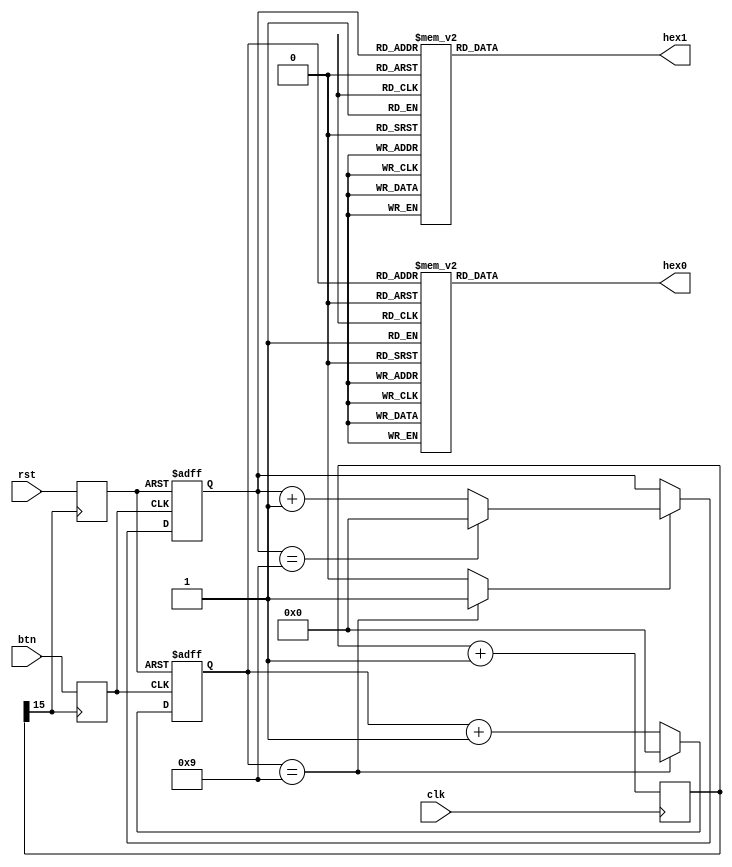
module BcdCounter(clk, btn, rst, hex0, hex1);
	input clk, btn, rst;
	output [7:0] hex0;
	output [7:0] hex1;
	reg [3:0] ff;
	reg [15:0] cnt;
	reg swreg, resreg;
	wire c_clk, sw_out, rst_out;
	reg [3:0] dcnt1;
	reg [3:0] dcnt2;
	wire d_cry;
	
	always @(posedge clk) begin
		cnt=cnt+1;
	end
	assign c_clk=cnt[15];
	
	always @(posedge c_clk) begin
		swreg=btn;
		resreg=rst;
	end
	assign sw_out=swreg;
	assign rst_out=resreg;
	
	always @(negedge sw_out or negedge rst_out) begin
		if(rst_out==1'b0) begin
			dcnt1 = 0;
		end
		else begin
			if(dcnt1==4'h9)
				dcnt1 = 0;
			else
				dcnt1=dcnt1+1;
		end
	end
	assign d_cry=(dcnt1==4'h9) ? 1'b1 : 1'b0;
	
	always @(negedge sw_out or negedge rst_out) begin
		if(rst_out==1'b0) begin
			dcnt2 = 0;
		end
		else begin
			if(d_cry==1'b1) begin
				if(dcnt2==4'h9)
					dcnt2=0;
				else
					dcnt2=dcnt2+1;
			end
		end
	end
	
	function [7:0] LedDec;
		input [3:0] num;
		begin
			case (num)
				4'h0:		LedDec = 8'b11000000;
				4'h1:		LedDec = 8'b11111001;
				4'h2:		LedDec = 8'b10100100;
				4'h3:		LedDec = 8'b10110000;
				4'h4:		LedDec = 8'b10011001;
				4'h5:		LedDec = 8'b10010010;
				4'h6:		LedDec = 8'b10000010;
				4'h7:		LedDec = 8'b11111000;
				4'h8:		LedDec = 8'b10000000;
				4'h9:		LedDec = 8'b10011000;
				4'ha:		LedDec = 8'b10001000;
				4'hb:		LedDec = 8'b10000011;
				4'hc:		LedDec = 8'b10100111;
				4'hd:		LedDec = 8'b10100001;
				4'he:		LedDec = 8'b10000110;
				4'hf:		LedDec = 8'b10001110;
				default:	LedDec = 8'b11111111;
			endcase
		end
	endfunction
	
	assign hex0=LedDec(dcnt1);
	assign hex1=LedDec(dcnt2);
	
endmodule